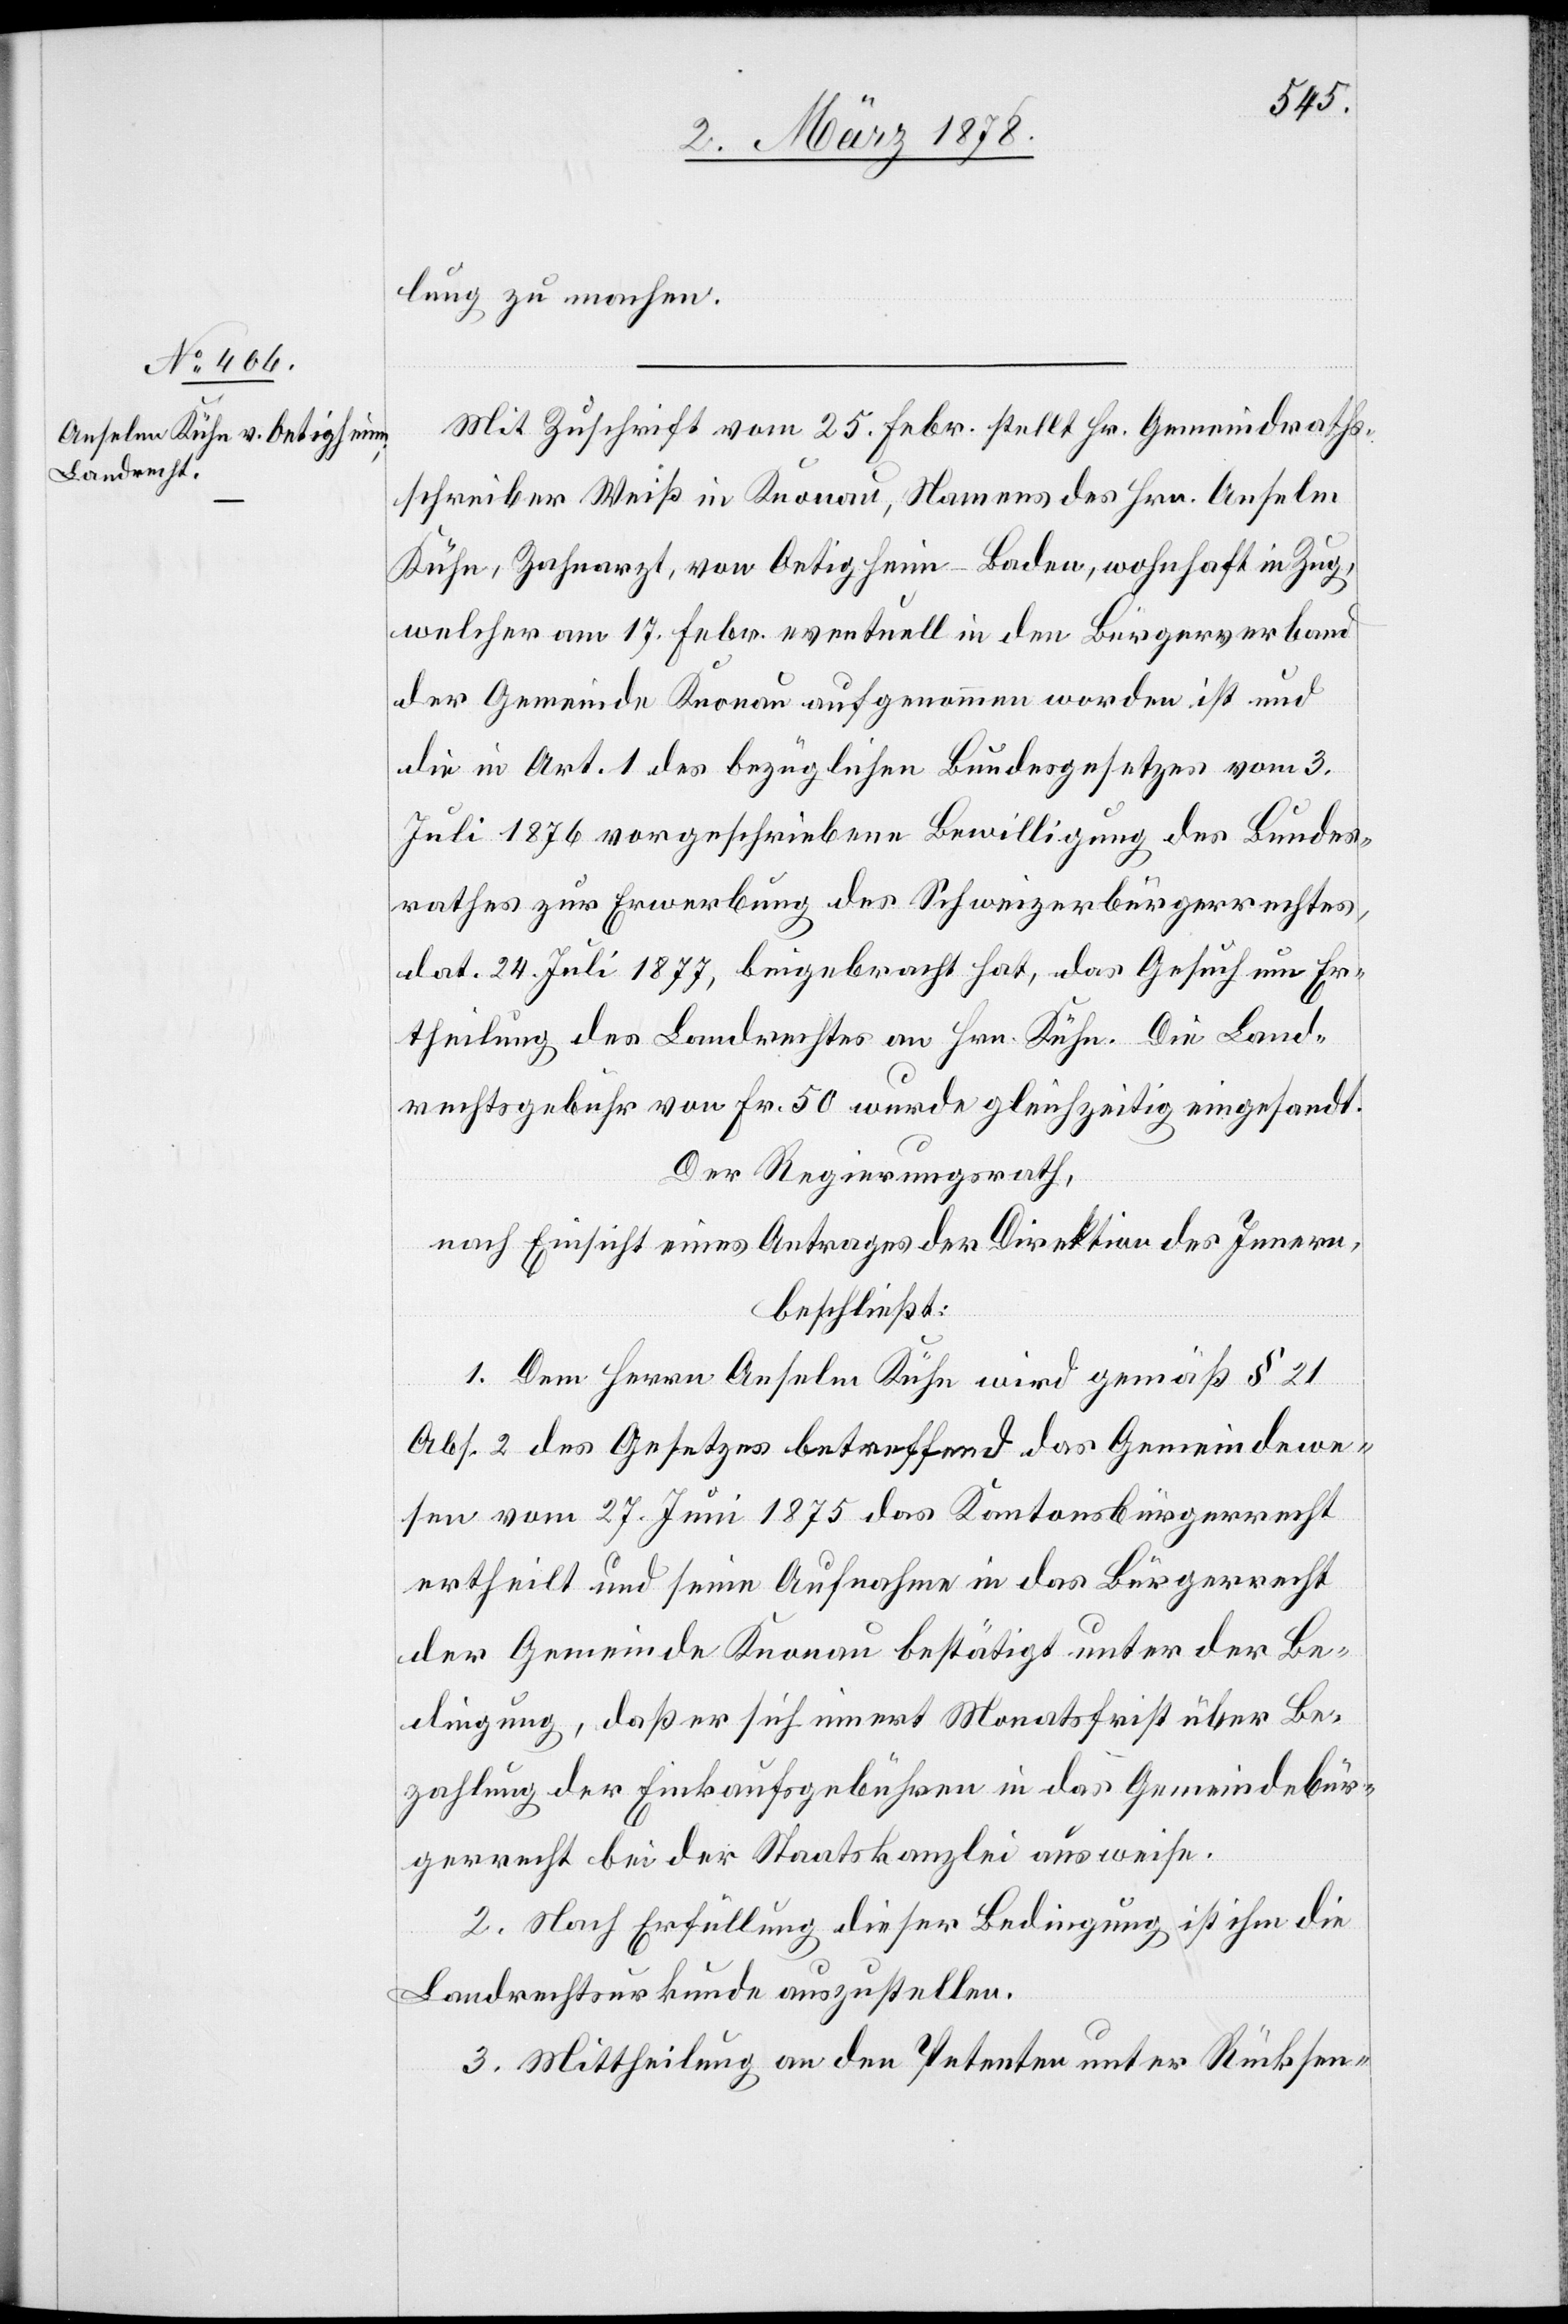
lung zu machen.
Mit Zuschrift vom 25. Febr. stellt Hr. Gemeindraths¬
schreiber Weiß in Knonau, Namens des Hrn. Anselm
Kühn, Zahnarzt, von Oetigheim - Baden, wohnhaft in Zug,
welcher am 17. Febr. eventuell in den Bürgerverband
der Gemeinde Knonau aufgenommen worden ist und
die in Art. 1 des bezüglichen Bundesgesetzes vom 3.
Juli 1876 vorgeschriebene Bewilligung des Bundes¬
rathes zur Erwerbung des Schweizerbürgerrechtes,
dat. 24. Juli 1877, beigebracht hat, das Gesuch um Er¬
theilung des Landrechtes an Hrn. Kühn. Die Land¬
rechtsgebühr von Fr. 50 wurde gleichzeitig eingesandt.
Der Regierungsrath,
nach Einsicht eines Antrages der Direktion des Innern,
beschließt:
1. Dem Herrn Anselm Kühn wird gemäß § 21
Abs. 2 des Gesetzes betreffend das Gemeindewe¬
sen vom 27. Juni 1875 das Kantonsbürgerrecht
ertheilt und seine Aufnahme in das Bürgerrecht
der Gemeinde Knonau bestätigt unter der Be¬
dingung, daß er sich innert Monatsfrist über Be¬
zahlung der Einkaufsgebühren in das Gemeindebür¬
gerrecht bei der Staatskanzlei ausweise.
2. Nach Erfüllung dieser Bedingung ist ihm die
Landrechtsurkunde auszustellen.
3. Mittheilung an den Petenten unter Rücksen-